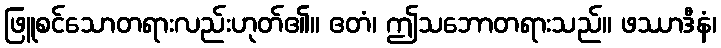
ဖြူစင်သောတရားလည်းဟုတ်၏။ ဧတံ၊ ဤသဘောတရားသည်။ ဖဿာဒီနံ၊